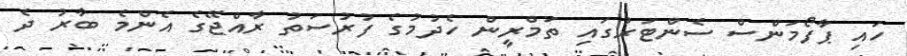
ހައި ޕާފޯމަންސް ސެންޓަރުގައި ތަމްރީން ހެދުމުގެ ފުރުސަތު ރާއްޖޭގެ އެންމެ ބާރު ދެ